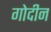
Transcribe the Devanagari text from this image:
गोदीन